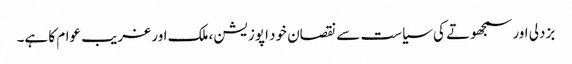
بزدلی اور سمجھوتے کی سیاست سے نقصان خود اپوزیشن، ملک اور غریب عوام کا ہے۔